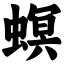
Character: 螟